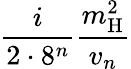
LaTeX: \frac{i}{2\cdot 8^{n}}\frac{m_{\mathrm{H}}^{2}}{v_{n}}